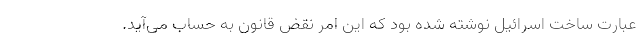
عبارت ساخت اسرائیل نوشته شده بود که این امر نقض قانون به حساب می‌آید.